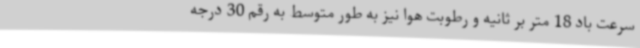
سرعت باد 18 متر بر ثانیه و رطوبت هوا نیز به طور متوسط به رقم 30 درجه